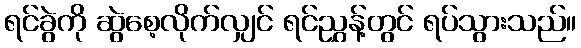
ရင်ခွဲကို ဆွဲစေ့လိုက်လျှင် ရင်ညွှန့်တွင် ရပ်သွားသည်။